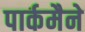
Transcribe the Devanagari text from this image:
पार्कमैने